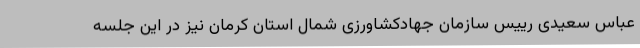
عباس سعیدی رییس سازمان جهادکشاورزی شمال استان کرمان نیز در این جلسه